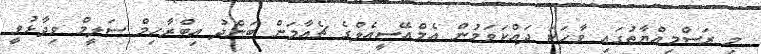
މި ރަސްމިއްޔާތުގައި ވާހަކަ ދައްކަވަމުން އެމްއޭސީއެލްގެ ޗެއާމަން ބަންދު އިބްރާހިމް ސަލީމް ވިދާޅުވީ